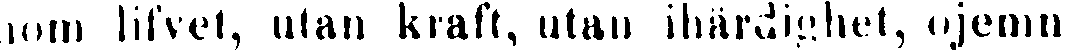
nom lifvet, utan kraft, utan ihärdighet, ojemn